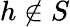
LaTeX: h\not\in S